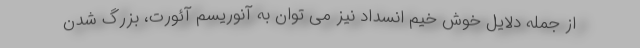
از جمله دلایل خوش خیم انسداد نیز می توان به آنوریسم آئورت، بزرگ شدن